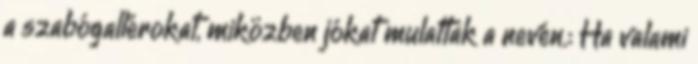
a szabógallérokat, miközben jókat mulattak a nevén.: Ha valami